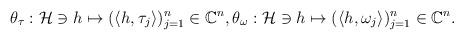
LaTeX: \begin{align*}\theta_\tau: \mathcal{H} \ni h \mapsto (\langle h, \tau_j\rangle)_{j=1}^n \in \mathbb{C}^n,\theta_\omega: \mathcal{H} \ni h \mapsto (\langle h, \omega_j\rangle)_{j=1}^n \in \mathbb{C}^n.\end{align*}